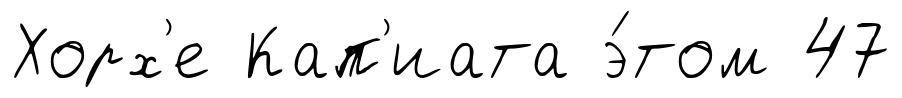
Хорх'е Кап'иата э́том 47